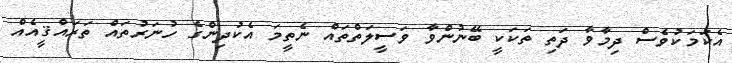
އެކަމަކުވެސް ދިމާވާ ދަތި ތަކަކީ ބޭނުންވާ ވަސީލަތްތައް ނެތީމަ އެކުދިންގެ ހުނަރުތައް ތަރައްޤީއެއް